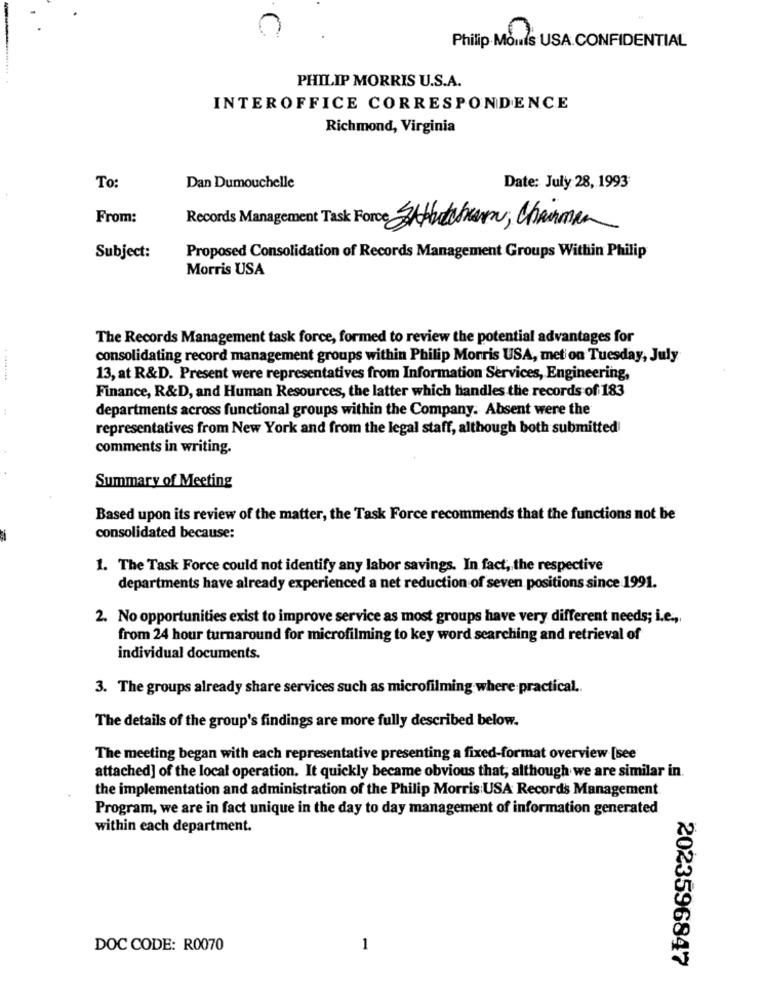
Philip Mouls USA CONFIDENTIAL
PHILIP MORRIS U.S.A.
INTEROFFICE CORRESPONDENCE
Richmond, Virginia
To:
Dan Dumouchelle
Date: July 28, 1993
From:
Records Management Task Force SAHutchkann, Chairman
Subject:
Proposed Consolidation of Records Management Groups Within Philip
Morris USA
The Records Management task force, formed to review the potential advantages for
consolidating record management groups within Philip Morris USA, meti on Tuesday, July
13, at R&D. Present were representatives from Information Services, Engineering,
Finance, R&D, and Human Resources, the latter which handles the records of 183
departments across functional groups within the Company. Absent were the
representatives from New York and from the legal staff, although both submitted
comments in writing.
Summary of Meeting
Based upon its review of the matter, the Task Force recommends that the functions not be
consolidated because:
1. The Task Force could not identify any labor savings. In fact, the respective
departments have already experienced a net reduction of seven positions since 1991.
2. No opportunities exist to improve service as most groups have very different needs; i.e .,
from 24 hour turnaround for microfilming to key word searching and retrieval of
individual documents.
3. The groups already share services such as microfilming where practical ..
The details of the group's findings are more fully described below.
The meeting began with each representative presenting a fixed-format overview [see
attached] of the local operation. It quickly became obvious that, although we are similar in.
the implementation and administration of the Philip Morris USA Records Management
Program, we are in fact unique in the day to day management of information generated
within each department.
DOC CODE: R0070
1
2023596847